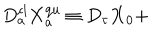
D _ { a } ^ { \mathrm { c l } } { \bf X } _ { a } ^ { \mathrm { q u } } \equiv D _ { \tau } { \bf X } _ { 0 } +